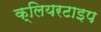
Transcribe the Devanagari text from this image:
क्लियरटाइप